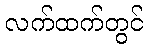
လက်ထက်တွင်